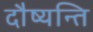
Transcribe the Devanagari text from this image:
दौष्यन्ति